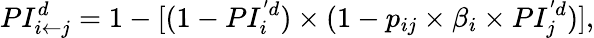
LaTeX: PI_{i\leftarrow j}^{d}=1-[(1-PI_{i}^{'d})\times(1-p_{ij}\times\beta_{i}\times PI_{j}^{'d})],